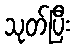
သုတ်ပြီး